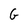
Character: G